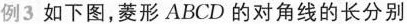
例3如下图，菱形ABCD的对角线的长分别